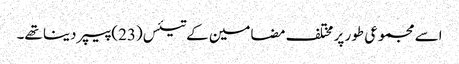
اسے مجموعی طور پر مختلف مضامین کے تیئس(23) پیپر دینا تھے۔